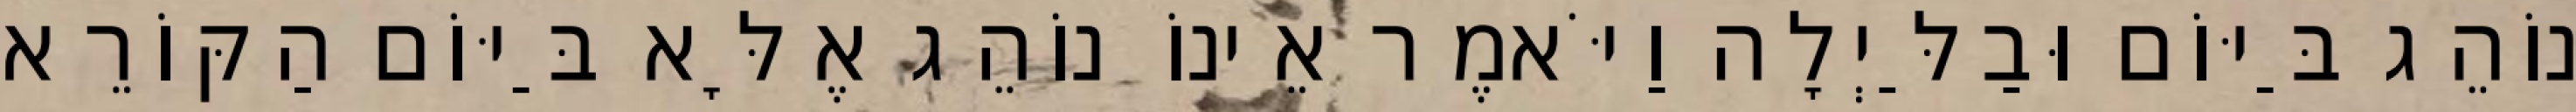
נוֹהֵג בַּיּוֹם וּבַלַּיְלָה וַיֹּאמֶר אֵינוֹ נוֹהֵג אֶלָּא בַּיּוֹם הַקּוֹרֵא